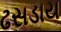
ઢસડાય